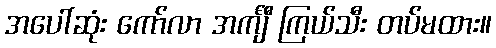
အပေါ်ဆုံး ကော်လာ အင်္ကျီ ကြယ်သီး တပ်မထား။